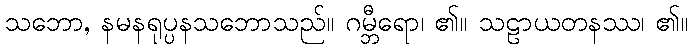
သဘော, နမနရုပ္ပနသဘောသည်။ ဂမ္ဘီရော၊ ၏။ သဠာယတနဿ၊ ၏။